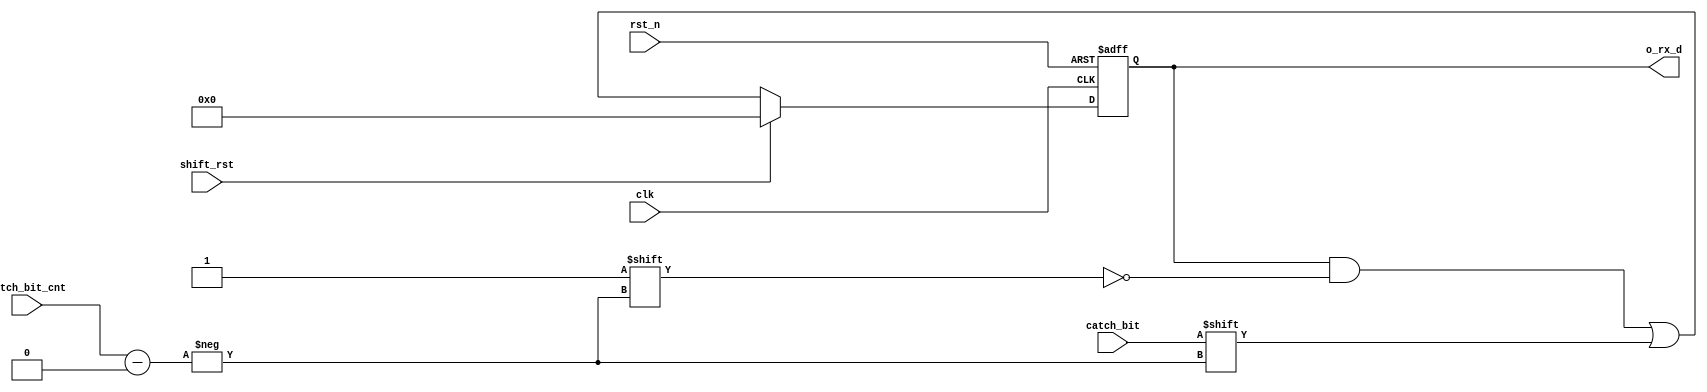
//: 
//: UART(Rx)
// : Shift Register      UART Tx Module 
//:
//-        1/Baud Rate          .
//-     ,     3        .

module Shift_Register_Rx(
    clk             ,
    rst_n           ,
    shift_rst       ,
    catch_bit       ,
    catch_bit_cnt   ,
    o_rx_d                                        
);

input               clk             ;
input               rst_n           ;
input               shift_rst       ;
input               catch_bit       ;
input [3:0]         catch_bit_cnt   ;

output reg [7:0]    o_rx_d          ;           

always @(posedge clk or negedge rst_n) begin
    if(!rst_n)
        o_rx_d <= 8'b0000_0000;
    else if(shift_rst)
        o_rx_d <= 8'b0000_0000;
    else
        o_rx_d[catch_bit_cnt] <= catch_bit;
end

endmodule